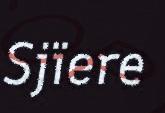
Sjïere